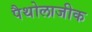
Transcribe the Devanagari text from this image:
पैथोलाजीक